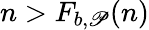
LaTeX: n>F_{b,\mathscr{P}}(n)